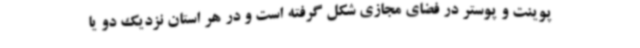
پوینت و پوستر در فضای مجازی شکل گرفته است و در هر استان نزدیک دو یا